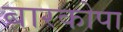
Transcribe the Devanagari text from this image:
बारकोपा